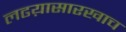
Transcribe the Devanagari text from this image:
लढय़ासारखाच